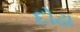
દોઢા